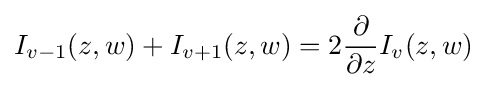
I_{v-1}(z,w)+I_{v+1}(z,w)=2{\dfrac {\partial }{\partial z}}I_{v}(z,w)